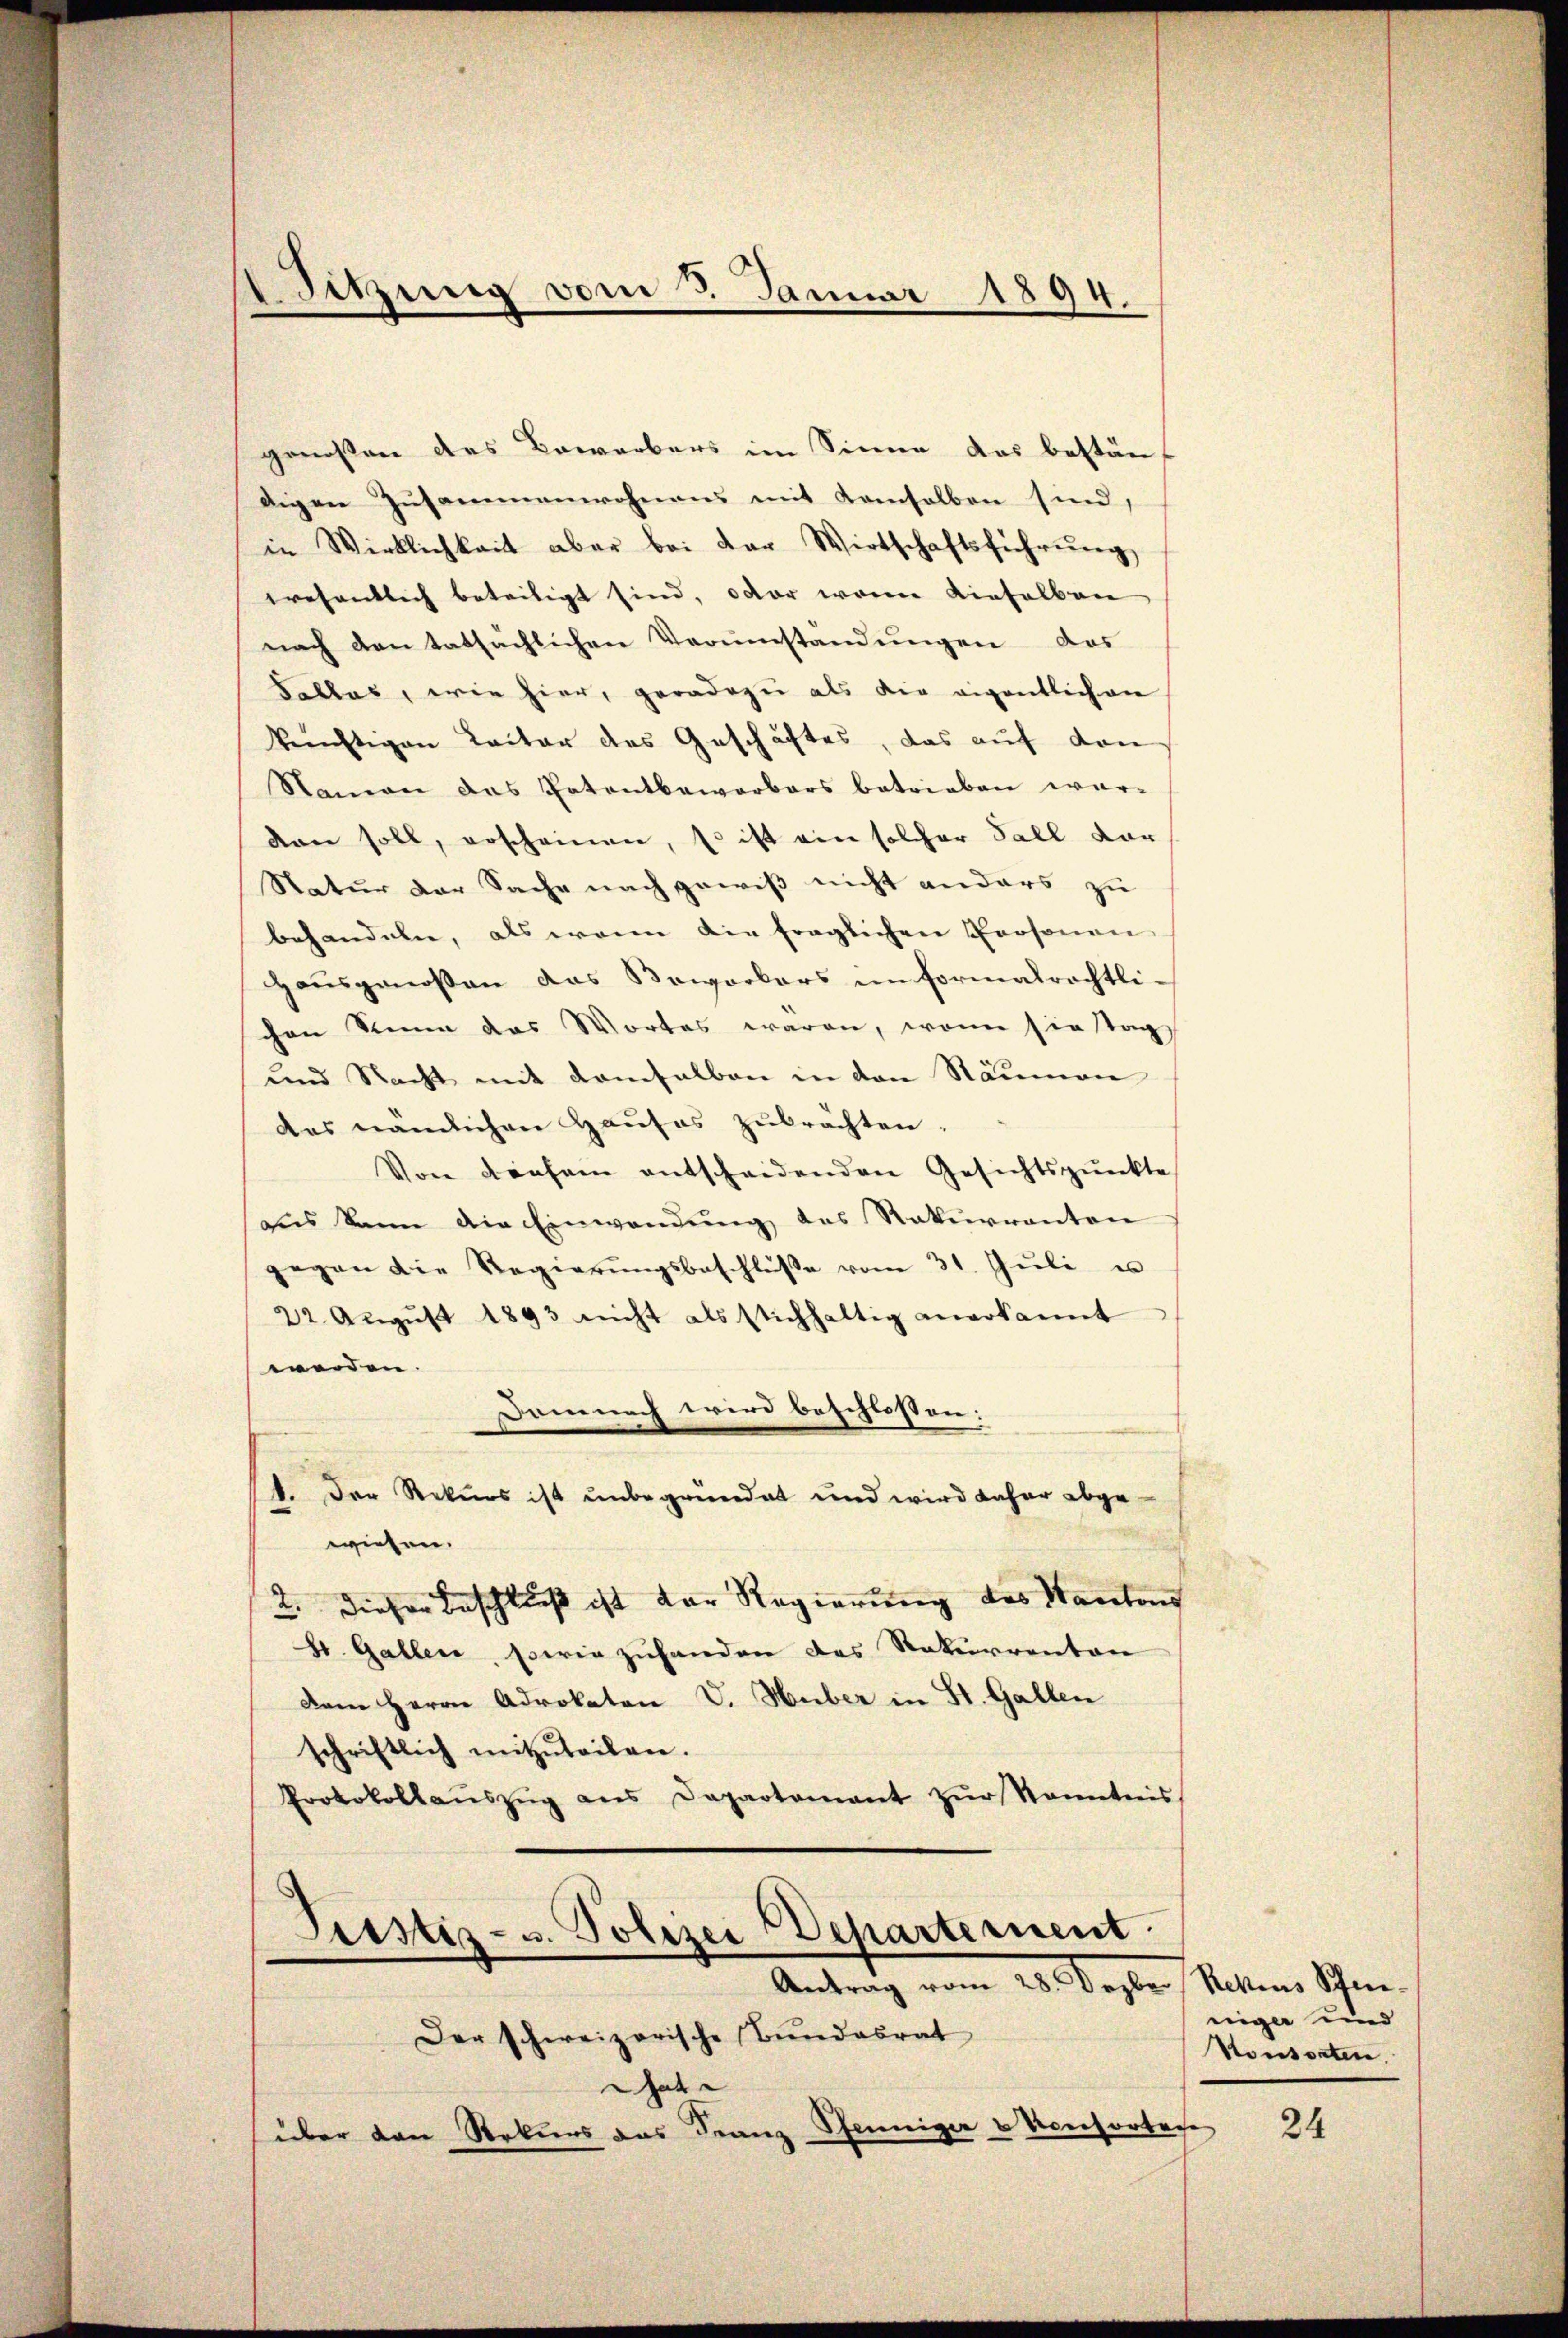
Sitzung vom 5. Januar 1894.

genossen des Bewerbers im Sinne das bestäuf
digen Zusammenwohnens mit Kamselben sind,
in Wirklichkeit aber bei der Wirtschaftsführŭng
erosentlich beteiligt sind, oder wenn dieselben
nach den tatsächlichen Verumstandungen das
Salles, wie hier, geradezu als die eigentlichen
künftigen Leiter des Geschäftes, das auf den
Namen das Patentbewarbars betrieben wordan soll, erscheinen, so ist ein solcher Fall vor
Natur der Sache nach gewiß nicht anders zu
behandeln, als wenn die fraglichen Personen
Hausgenoßen das Bewerkers im formalrechtli-
chen Sinne das Wortes waren, wenn sie tag
und Nacht mit demselben in den Räumen
des nämlichen Haŭses zubrachten,
Von diesem entscheidenden Gesichtspunkte
aus kann die Einwendŭng des Rekurranton
gegen die Regierŭngsbeschlüβe vom 31. Jŭli u
22 Aŭgŭst 1893 nicht als stichhaltig anerkannt
werden.
Damnach wird beschlossen:
f. Der Rekurs ist unbegründet und wird daher abgewiesen.
2. dieser Beschluß ist der Regierung des Kantons
b. Gallen, sowie zuhanden das Rekurrenten
Dem Herrn Advokaton V. Huber in St. Gallen
schriftlich mitzŭteilen.
Protokollaŭszŭg ans Departamant zŭr Kenntnis
Sitstiz- u. Polizei Departernent.
Antrag vom 28. Dezber
Der schweizerische Bundesrat
Gat
über den Rekurs das Franz Pfenniger & Konsorter

Restius Schrie-
niger und
Konsorten.

2

24